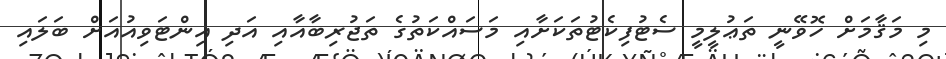
މި މަޤާމަށް ހޮވޭނީ ތަޢުލީމީ ސެޓުފިކެޓުތަކަށާއި މަސައްކަތުގެ ތަޖުރިބާއާއި އަދި އިންޓަވިއުއަށް ބަލައިި